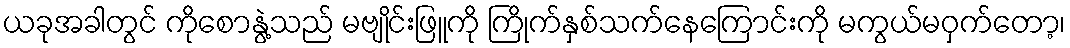
ယခုအခါတွင် ကိုစောနွဲ့သည် မဗျိုင်းဖြူကို ကြိုက်နှစ်သက်နေကြောင်းကို မကွယ်မဝှက်တော့၊